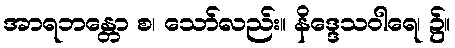
အာရဘန္တော စ၊ သော်လည်း။ နိဒ္ဒေသဝါရေ၊ ၌။